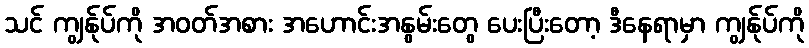
သင် ကျွန်ုပ်ကို အဝတ်အစား အဟောင်းအနွမ်းတွေ ပေးပြီးတော့ ဒီနေရာမှာ ကျွန်ုပ်ကို